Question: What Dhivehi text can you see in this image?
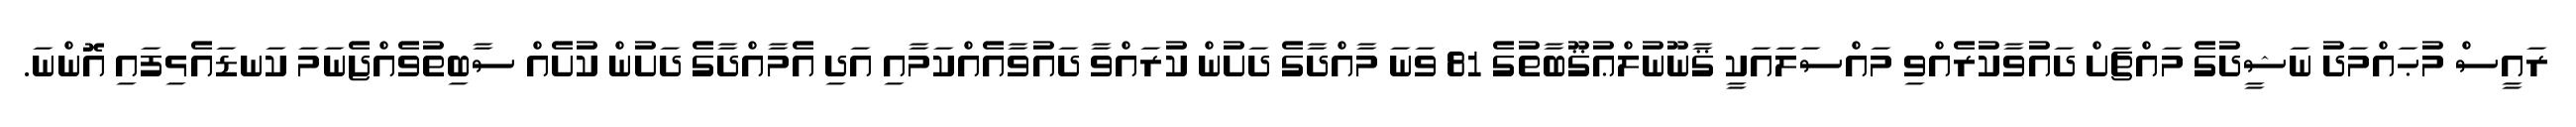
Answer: ރައީސް މުޙައްމަދު ނަޝީދުގެ މައްޗަށް ދައުވާކުރެއްވި މައްސަލައަކީ ޤާނޫނުލްޢުޤޫބާތުގެ 81 ވަނަ މާއްދާގެ ދަށުން ކުރައްވާ ދައުވާއެއްކަމާއި އަދި އެމާއްދާގެ ދަށުން ކުށެއް ސާބިތުވެއްޖެނަމަ ކަނޑައެޅިފައި އޮންނަ.